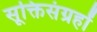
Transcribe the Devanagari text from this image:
सूक्तिसंग्रहों